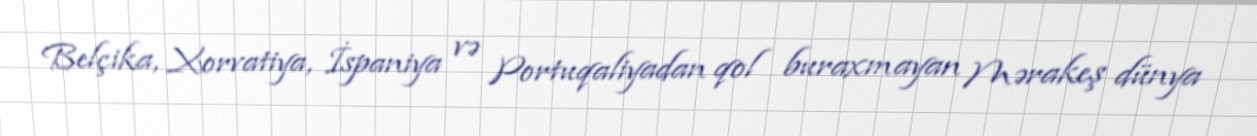
Belçika, Xorvatiya, İspaniya və Portuqaliyadan qol buraxmayan Mərakeş dünya